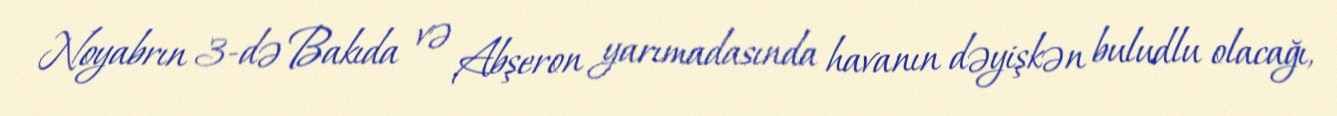
Noyabrın 3-də Bakıda və Abşeron yarımadasında havanın dəyişkən buludlu olacağı,